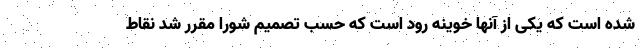
شده است که یکی از آنها خوینه رود است که حسب تصمیم شورا مقرر شد نقاط